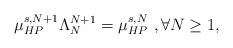
LaTeX: \begin{align*}\mu_{HP}^{s,N+1}\Lambda_N^{N+1}=\mu_{HP}^{s,N} \ , \forall N\ge 1,\end{align*}